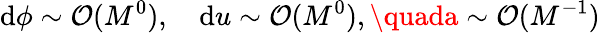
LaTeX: \mathrm{d}\phi\sim\mathcal{{O}}(M^{0}),\quad\mathrm{d}u\sim\mathcal{{O}}(M^{0}),\quada\sim\mathcal{{O}}(M^{-1})